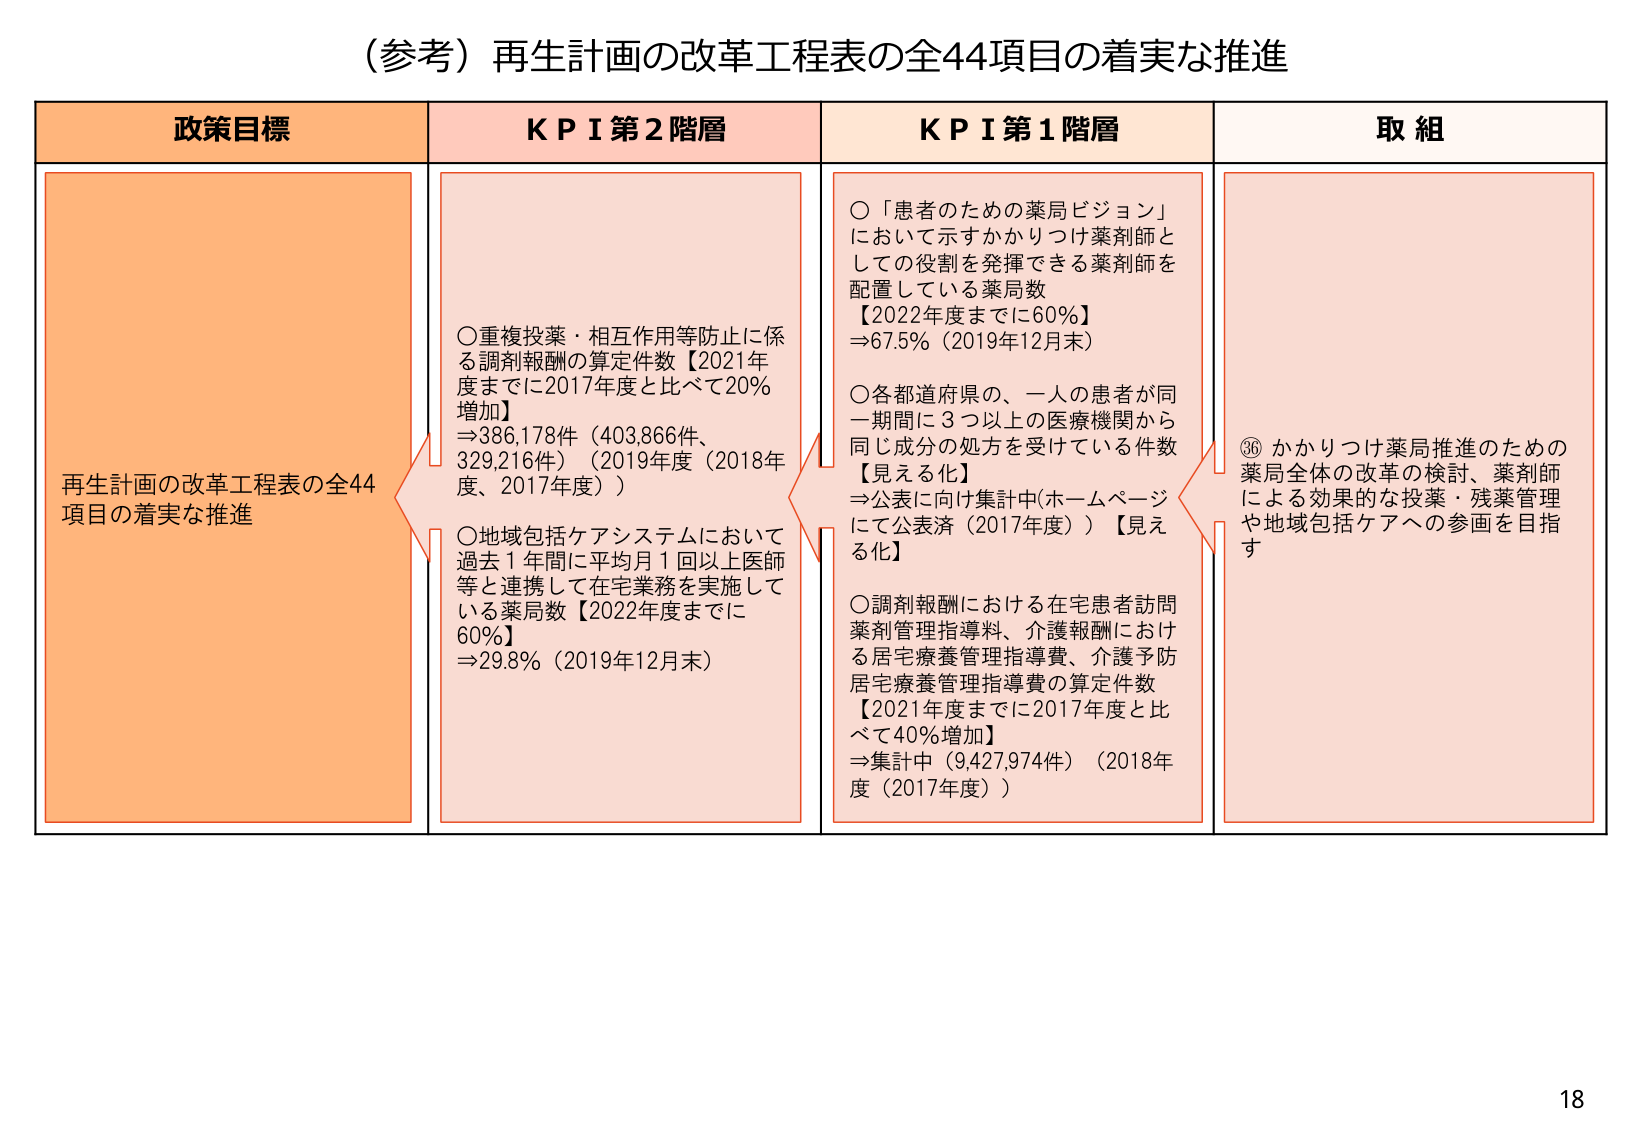
（参考）再生計画の改革工程表の全44項目の着実な推進

政策目標
再生計画の改革工程表の全44項目の着実な推進

KPI 第2階層
○重複投薬・相互作用等防止に係る調剤報酬の算定件数【2021年度までに2017年度と比べて20%増加】
⇒386,178件（403,866件、329,216件）（2019年度（2018年度、2017年度））
○地域包括ケアシステムにおいて過去1年間に平均月1回以上医師等と連携して在宅業務を実施している薬局数【2022年度までに60%】
⇒29.8%（2019年12月末）

KPI 第1階層
○「患者のための薬局ビジョン」において示すかかりつけ薬剤師としての役割を発揮できる薬剤師を配置している薬局数
【2022年度までに60%】
⇒67.5%（2019年12月末）
○各都道府県の、一人の患者が同一期間に3つ以上の医療機関から同じ成分の処方を受けている件数【見える化】
⇒公表に向け集計中（ホームページにて公表済（2017年度））【見える化】
○調剤報酬における在宅患者訪問薬剤管理指導料、介護報酬における居宅療養管理指導費、介護予防居宅療養管理指導費の算定件数
【2021年度までに2017年度と比べて40%増加】
⇒集計中（9,427,974件）（2018年度（2017年度））

取組
⑲かかりつけ薬局推進のための薬局全体の改革の検討、薬剤師による効果的な投薬・残薬管理や地域包括ケアへの参画を目指す

18